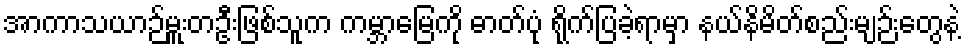
အာကာသယာဉ်မှူးတဦးဖြစ်သူက ကမ္ဘာမြေကို ဓာတ်ပုံ ရိုက်ပြခဲ့ရာမှာ နယ်နိမိတ်စည်းမျဉ်းတွေနဲ့